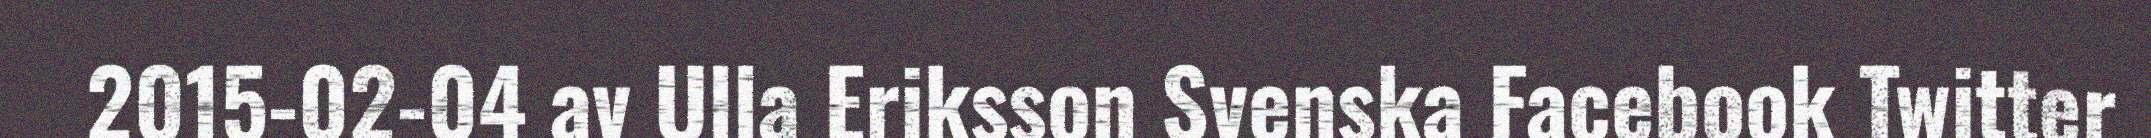
2015-02-04 av Ulla Eriksson Svenska Facebook Twitter